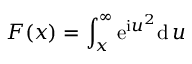
F ( x ) = \int _ { x } ^ { \infty } \mathrm { e } ^ { \mathrm { i } u ^ { 2 } } \mathrm { d } \, u